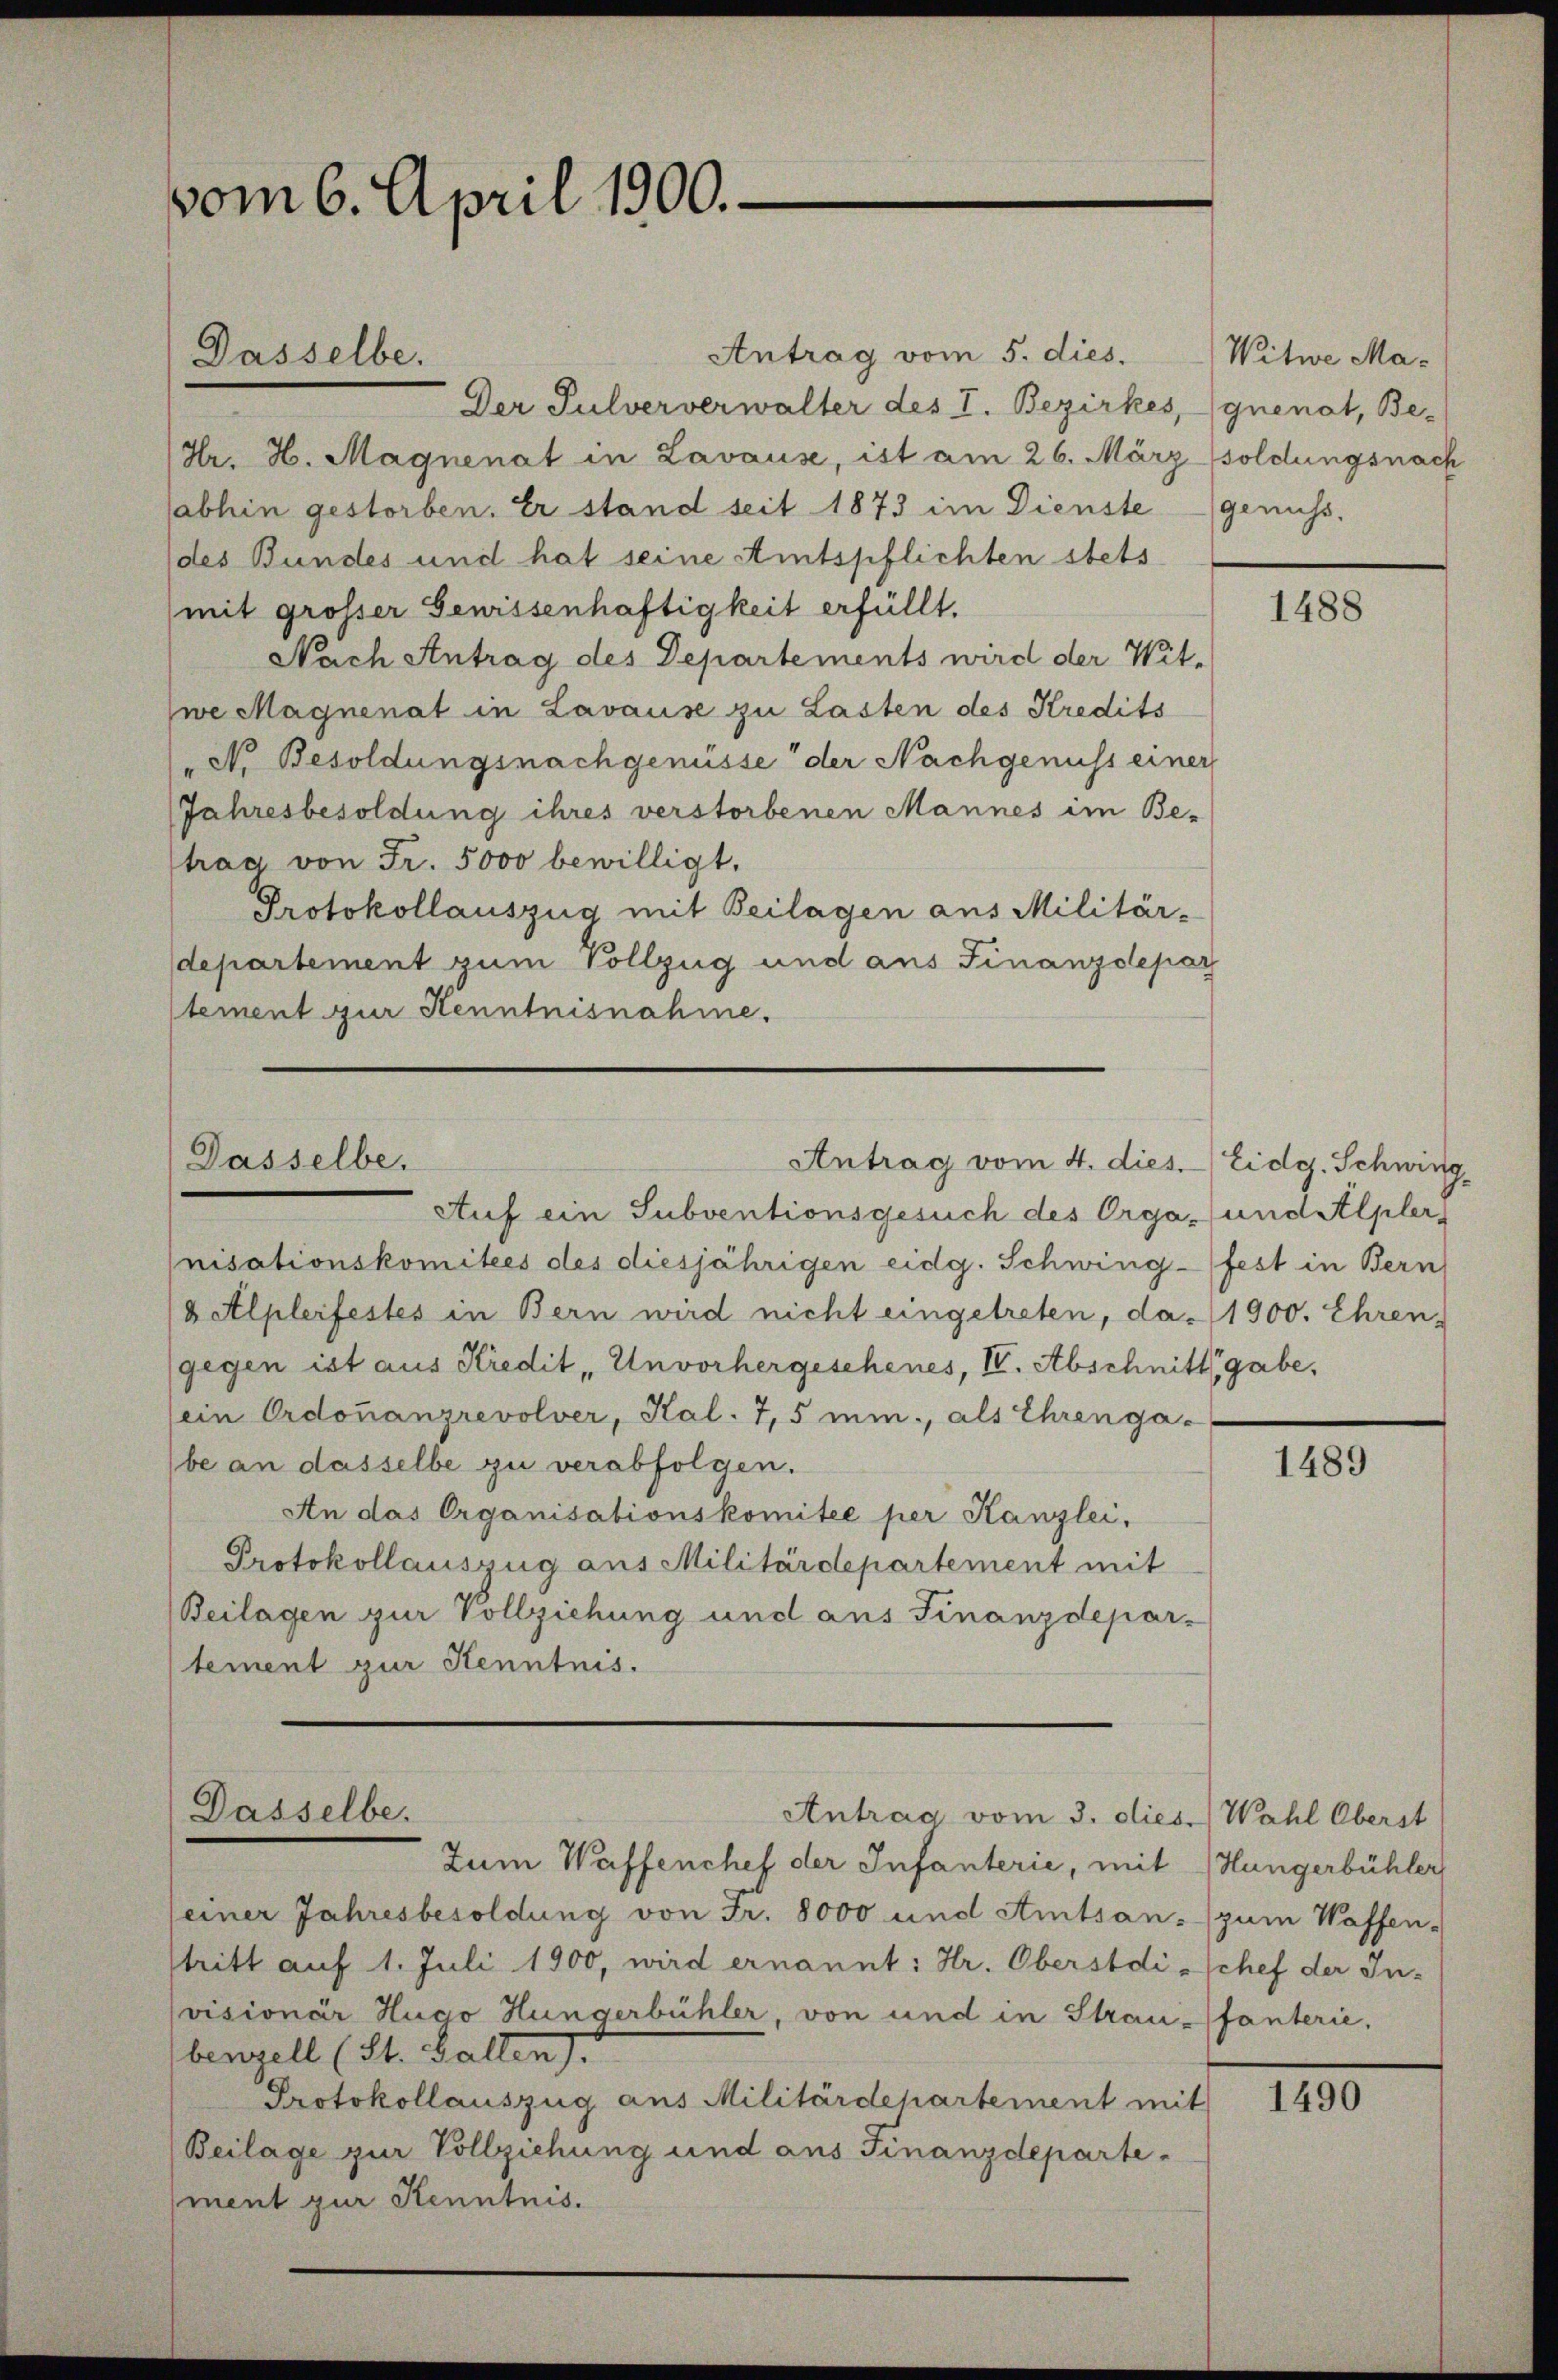
vom 6. April 1900.

Antrag vom 5. dies.
Der Pulververwalter des I. Bezirkes, quenat, Be-
(Hr. H. Magnenat in Lavause, ist am 26. Märzsoldungsnach
abhin gestorben. Er stand seit 1873 im Dienste genuss,
(des Bundes und hat seine Amtspflichten stets
mit grosser Gewissenhaftigkeit erfüllt.
Nach Antrag des Departements wird der Wit-
jwe Magnenat in Lavause zu Lasten des Kredits
N. Besoldungsnachgenüsse der Nachgenuss einer
Jahresbesoldung ihres verstorbenen Mannes im Be-
trag von Fr. 5000 bewilligt.
Protokollauszug mit Beilagen aus Militär-
departement zum Vollzug und aus Finanzdepar
tement zur Kenntnisnahme.

Dasselbe.

Dasselbe.

Dasselbe.

Antrag vom 4. dies. Eidg. Schwing,

Antrag vom 3. dies Wahl Oberst

Witwe Ma¬

nisationskomitees des diesjährigen eidg. Schwing-fest in Bern
 Alplerfestes in Bern wird nicht eingetreten, da 1900. Ehren,
gegen ist aus Kredit Unvorhergesehenes, VV. Abschnitt, gabe,
ein Ordonanzrevolver, Kal. 7,5 min., als Ehrengabe an dasselbe zu verabfolgen.
An das Organisationskomitee per Kanzlei,
Protokollauszug aus Militärdepartement mit
(Beilagen zur Vollziehung und aus Finanzdepar-
tement zur Kenntnis.

Auf ein Subventionsgesuch des Orga- (und Alpler

Zum Waffenchef der Infanterie, mit
seiner Jahresbesoldung von Fr. 8000 und Amtsan- (zum Waffen-
stritt auf 1. Juli 1900, wird ernannt: Hr. Oberstdi-Schef der In-
visionär Hugo Hungerbühler, von und in Stranfanterie,
benzell (St. Gallen.
Protokollauszug aus Militärdepartement mit
Beilage zur Vollziehung und aus Finanzdepartement zur Kenntnis.

1488

1489

Hungerbühler

1490